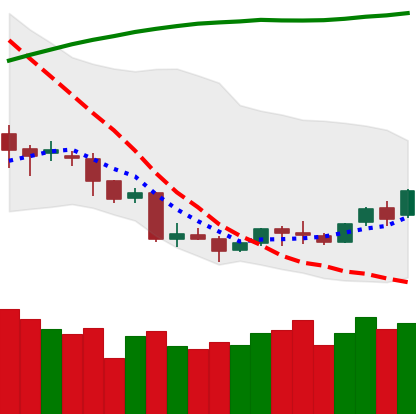
Ticker: LINK-USD
Chart end date: 2018-04-10
Forward return: 19.141%
Label: up_7plus